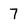
Character: 7